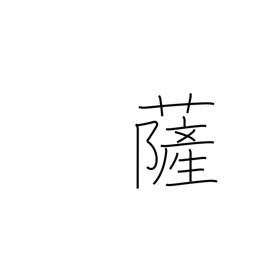
Meaning: Buddha